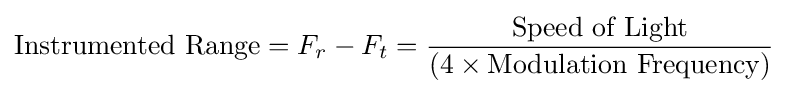
{\text{Instrumented Range}}=F_{r}-F_{t}={\frac {\text{Speed of Light}}{(4\times {\text{Modulation Frequency}})}}